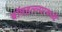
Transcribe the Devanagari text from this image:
बॉबहल्ल्यामध्ये